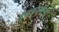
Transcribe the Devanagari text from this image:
बुद्धकाळाच्या